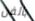
بالفن